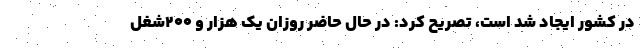
در کشور ایجاد شد است، تصریح کرد: در حال حاضر روزان یک هزار و ۲۰۰شغل